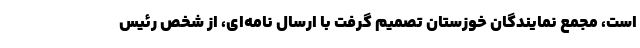
است، مجمع نمایندگان خوزستان تصمیم گرفت با ارسال نامه‌ای، از شخص رئیس